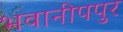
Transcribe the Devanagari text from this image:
भवानीपपुर